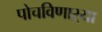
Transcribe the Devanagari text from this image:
पोचविणाऱ्या